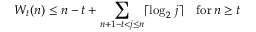
W _ { t } ( n ) \leq n - t + \sum _ { n + 1 - t < j \leq n } \lceil { \log _ { 2 } \, j } \rceil \quad { \mathrm { f o r } } \, n \geq t